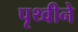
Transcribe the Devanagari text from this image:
पृथ्वीने